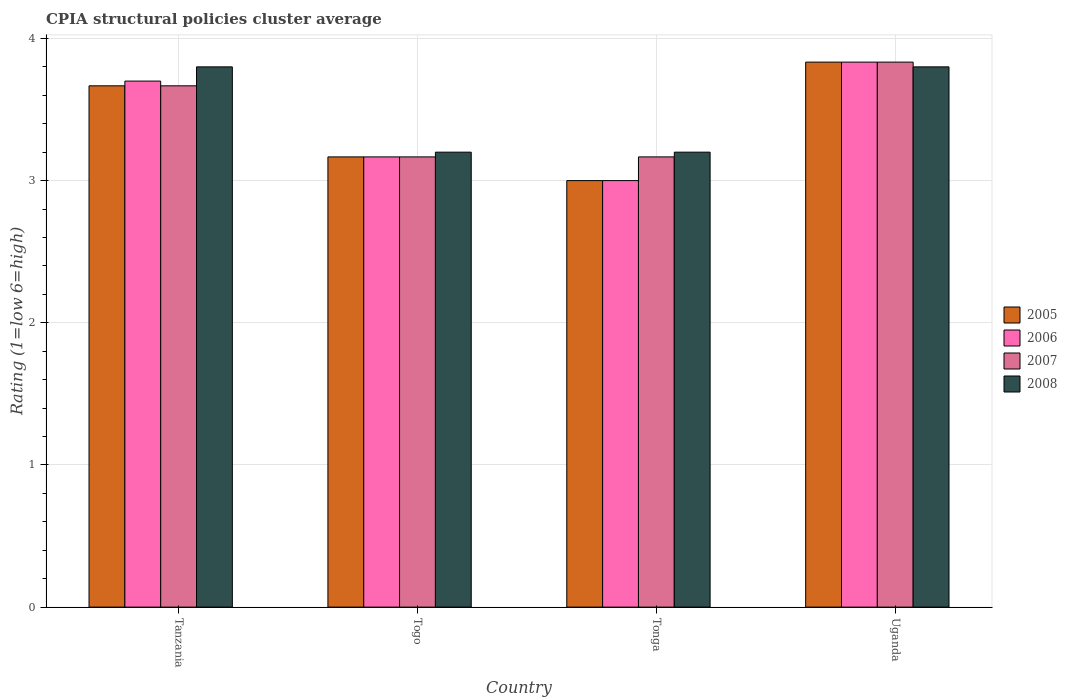
| Country | 2005 | 2006 | 2007 | 2008 |
 | --- | --- | --- | --- | --- |
 | Tanzania | 3.67 | 3.7 | 3.67 | 3.8 |
 | Togo | 3.17 | 3.17 | 3.17 | 3.2 |
 | Tonga | 3 | 3 | 3.17 | 3.2 |
 | Uganda | 3.83 | 3.83 | 3.83 | 3.8 |